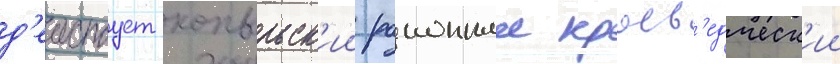
д'еиствует копыльск'ии раионныи краев'едческ'ии